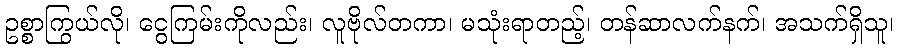
ဥစ္စာကြွယ်လို၊ ငွေကြမ်းကိုလည်း၊ လူဗိုလ်တကာ၊ မသုံးရာတည့်၊ တန်ဆာလက်နက်၊ အသက်ရှိသူ၊